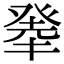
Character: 𤼳